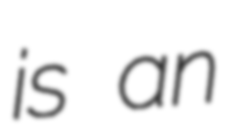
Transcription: is an